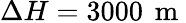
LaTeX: \Delta H=3000\, \mathrm{~m~}